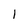
Character: 1